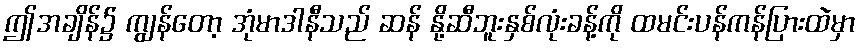
ဤအချိန်၌ ကျွန်တော့ အုံမာဒါနီသည် ဆန် နို့ဆီဘူးနှစ်လုံးခန့်ကို ထမင်းပန်ကန်ပြားထဲမှာ